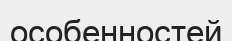
особенностей